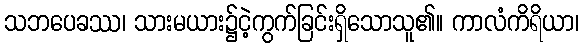
သဘပေခဿ၊ သားမယား၌ငဲ့ကွက်ခြင်းရှိသောသူ၏။ ကာလံကိရိယာ၊